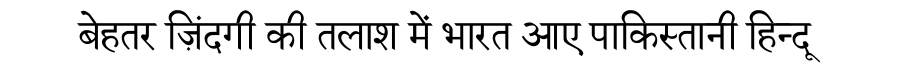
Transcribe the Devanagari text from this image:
बेहतर ज़िंदगी की तलाश में भारत आए पाकिस्तानी हिन्दू